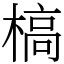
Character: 槁